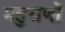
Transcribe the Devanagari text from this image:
महुराणों